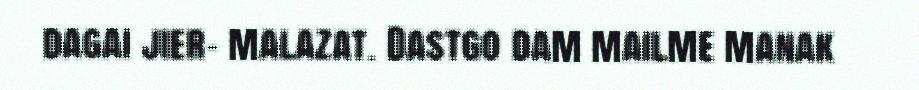
dagai jier- malazat. Dastgo dam mailme manak